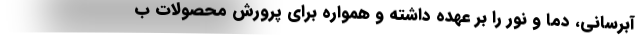
آبرسانی، دما و نور را بر عهده داشته و همواره برای پرورش محصولات ب